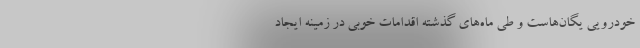
خودرویی یگان‌هاست و طی ماه‌های گذشته اقدامات خوبی در زمینه ایجاد